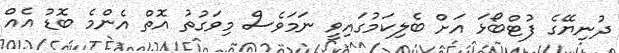
ދުނިޔޭގެ ފުޓްބޯޅަ އަށް ބެލިކަމުގައިވީ ނަމަވެސް މިވަގުތު އޮތް އެންމެ ބޮޑު އެއް